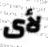
لأى